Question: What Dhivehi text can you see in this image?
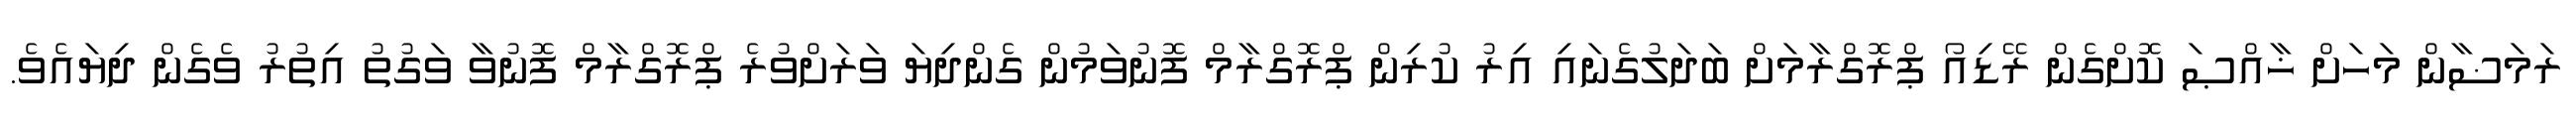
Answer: ރަމަޟާން މަހަށް ޚާއްޞަ ކޮށްގެން ރޭޑިއޯ ޕްރޮގްރާމަށް ބަދަލުގެނައި އިރު ކުރިން ޕްރޮގްރާމް ފޮނުވަމުން ގެންދިޔަ ވަރަށްވުރެ ޕްރޮގްރާމް ފޮނުވާ ވަގުތު އިތުރު ވެގެން ދިޔައެވެ.